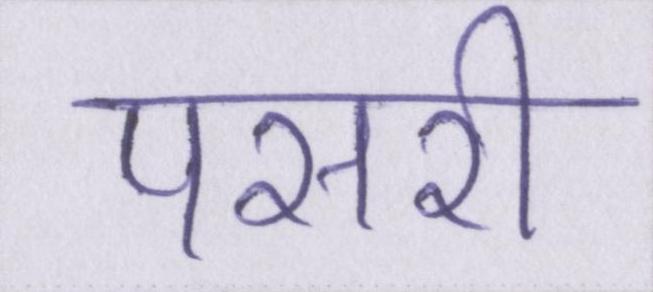
पसरी